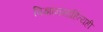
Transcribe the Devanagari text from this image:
विज्ञानसाहित्यही